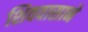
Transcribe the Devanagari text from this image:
शिववासाने